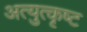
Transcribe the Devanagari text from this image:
अत्युत्‍कृष्ट